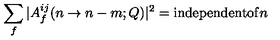
\sum _ { f } | A _ { f } ^ { i j } ( n \to n - m ; Q ) | ^ { 2 } = \mathrm { i n d e p e n d e n t o f } n